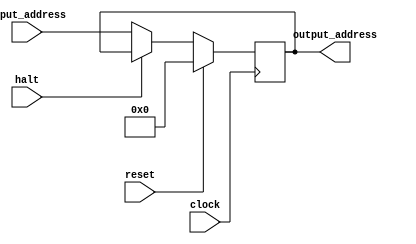

module PC(
	clock,
	input_address,
	output_address,
	reset, 
	halt);
	
	
	input clock, reset, halt; 
	input [31:0] input_address;
	output reg [31:0] output_address;
	
	 always@(posedge clock) 
	 begin
	 
		if(reset)
				output_address <= 32'd0;
		 
		else if(~halt)
			output_address <= input_address;

		
	 end
	 
endmodule